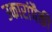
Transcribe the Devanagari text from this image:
उकारांपैकी